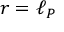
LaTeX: r = \ell _ { P }